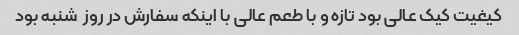
کیغیت کیک عالی بود تازه و با طعم عالی با اینکه سفارش در روز  شنبه بود